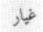
غيار